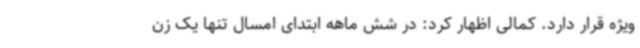
ویژه قرار دارد. کمالی اظهار کرد: در شش ماهه ابتدای امسال تنها یک زن